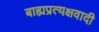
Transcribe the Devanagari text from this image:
बाह्यप्रत्यक्षवादी